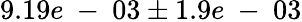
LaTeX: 9.19e\mathrm{~-~}03\pm 1.9e\mathrm{~-~}03